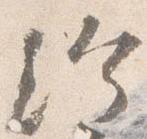
給